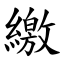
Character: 繳